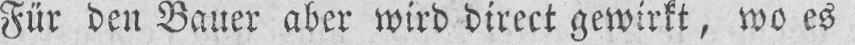
Für den Bauer aber wird direct gewirkt, wo es